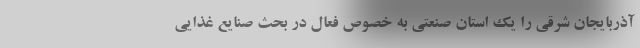
آذربایجان شرقی را یک استان صنعتی به خصوص فعال در بحث صنایع غذایی